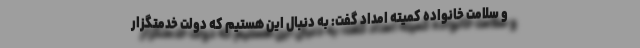
و سلامت خانواده کمیته امداد گفت: به دنبال این هستیم که دولت خدمتگزار